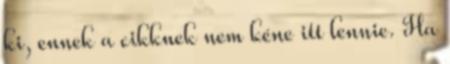
ki, ennek a cikknek nem kéne itt lennie. Ha